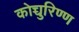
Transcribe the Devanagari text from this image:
कोच्चुरिण्ण